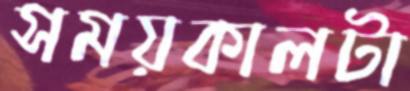
সময়কালটা